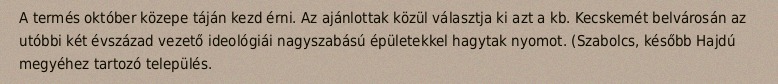
A termés október közepe táján kezd érni. Az ajánlottak közül választja ki azt a kb. Kecskemét belvárosán az utóbbi két évszázad vezető ideológiái nagyszabású épületekkel hagytak nyomot. (Szabolcs, később Hajdú megyéhez tartozó település.